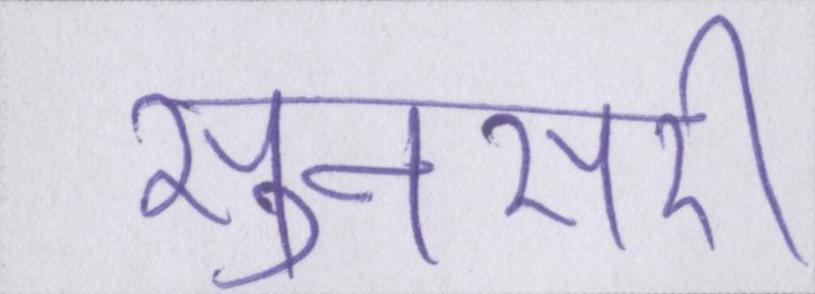
सुनसरी